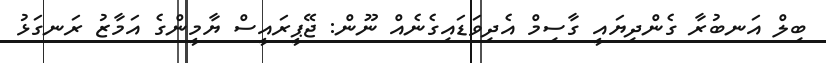
ބިލް އަނބުރާ ގެންދިޔައީ ގާސިމް އެދިވަޑައިގެނެއް ނޫން: ޖޭޕީރައީސް ޔާމީންގެ އަމާޒު ރަނގަޅު